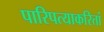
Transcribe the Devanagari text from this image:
पारिपत्याकरितां